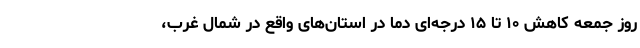
روز جمعه کاهش ۱۰ تا ۱۵ درجه‌ای دما در استان‌های واقع در شمال غرب،